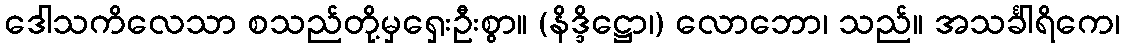
ဒေါသကိလေသာ စသည်တို့မှရှေးဦးစွာ။ (နိဒ္ဒိဋ္ဌော၊) လောဘော၊ သည်။ အသင်္ခါရိကေ၊